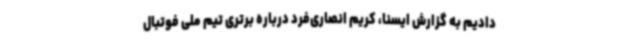
دادیم به گزارش ایسنا، کریم انصاری‌فرد درباره برتری تیم ملی فوتبال